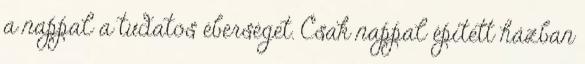
a nappal a tudatos éberséget. Csak nappal épített házban